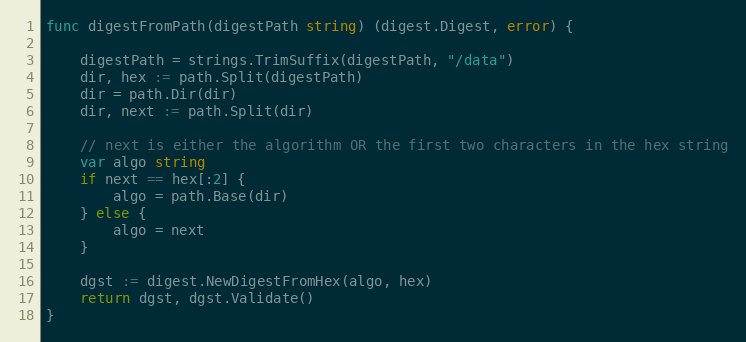
Language: Go
func digestFromPath(digestPath string) (digest.Digest, error) {

	digestPath = strings.TrimSuffix(digestPath, "/data")
	dir, hex := path.Split(digestPath)
	dir = path.Dir(dir)
	dir, next := path.Split(dir)

	// next is either the algorithm OR the first two characters in the hex string
	var algo string
	if next == hex[:2] {
		algo = path.Base(dir)
	} else {
		algo = next
	}

	dgst := digest.NewDigestFromHex(algo, hex)
	return dgst, dgst.Validate()
}